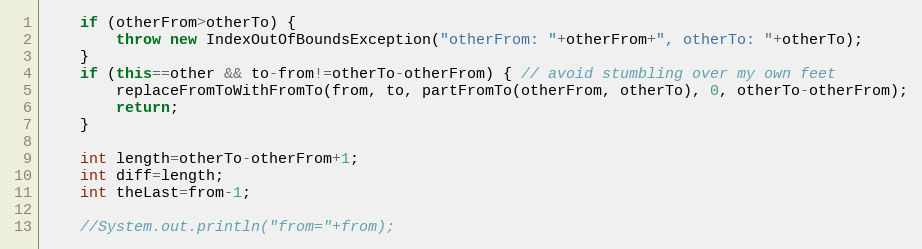
Language: Java
	if (otherFrom>otherTo) {
		throw new IndexOutOfBoundsException("otherFrom: "+otherFrom+", otherTo: "+otherTo);
	}
	if (this==other && to-from!=otherTo-otherFrom) { // avoid stumbling over my own feet
		replaceFromToWithFromTo(from, to, partFromTo(otherFrom, otherTo), 0, otherTo-otherFrom);
		return;
	}

	int length=otherTo-otherFrom+1;
	int diff=length;
	int theLast=from-1;

	//System.out.println("from="+from);